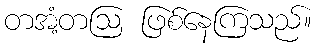
တအံ့တဩ ဖြစ်နေကြသည်။